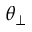
\theta _ { \perp }